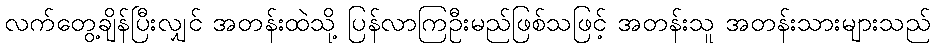
လက်တွေ့ချိန်ပြီးလျှင် အတန်းထဲသို့ ပြန်လာကြဦးမည်ဖြစ်သဖြင့် အတန်းသူ အတန်းသားများသည်